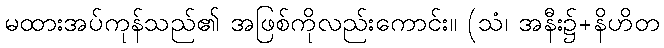
မထားအပ်ကုန်သည်၏ အဖြစ်ကိုလည်းကောင်း။ (သံ၊ အနီး၌+နိဟိတ